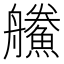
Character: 䲍